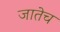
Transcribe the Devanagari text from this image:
जातेच